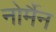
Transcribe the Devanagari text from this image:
नोर्मैन